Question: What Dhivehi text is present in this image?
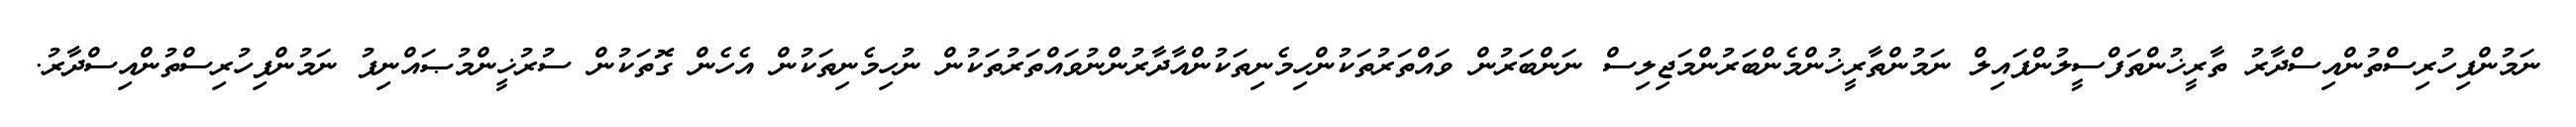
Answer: ނަމުންފިހުރިސްތުންއިސްދާރު ތާރީޚުންތަފްސީލުންފައިލް ނަމުންތާރީޚުންމެންބަރުންމަޖިލިސް ނަންބަރުން ވައްތަރުތަކުންހިމެނިތަކުންއާދާރުންނުވައްތަރުތަކުން ނުހިމެނިތަކުން އެހެން ގޮތަކުން ސުރުޚީންމުޞައްނިފު ނަމުންފިހުރިސްތުންއިސްދާރު.